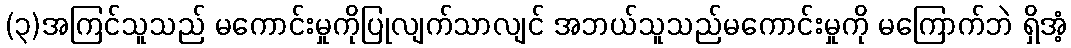
(၃)အကြင်သူသည် မကောင်းမှုကိုပြုလျက်သာလျင် အဘယ်သူသည်မကောင်းမှုကို မကြောက်ဘဲ ရှိအံ့